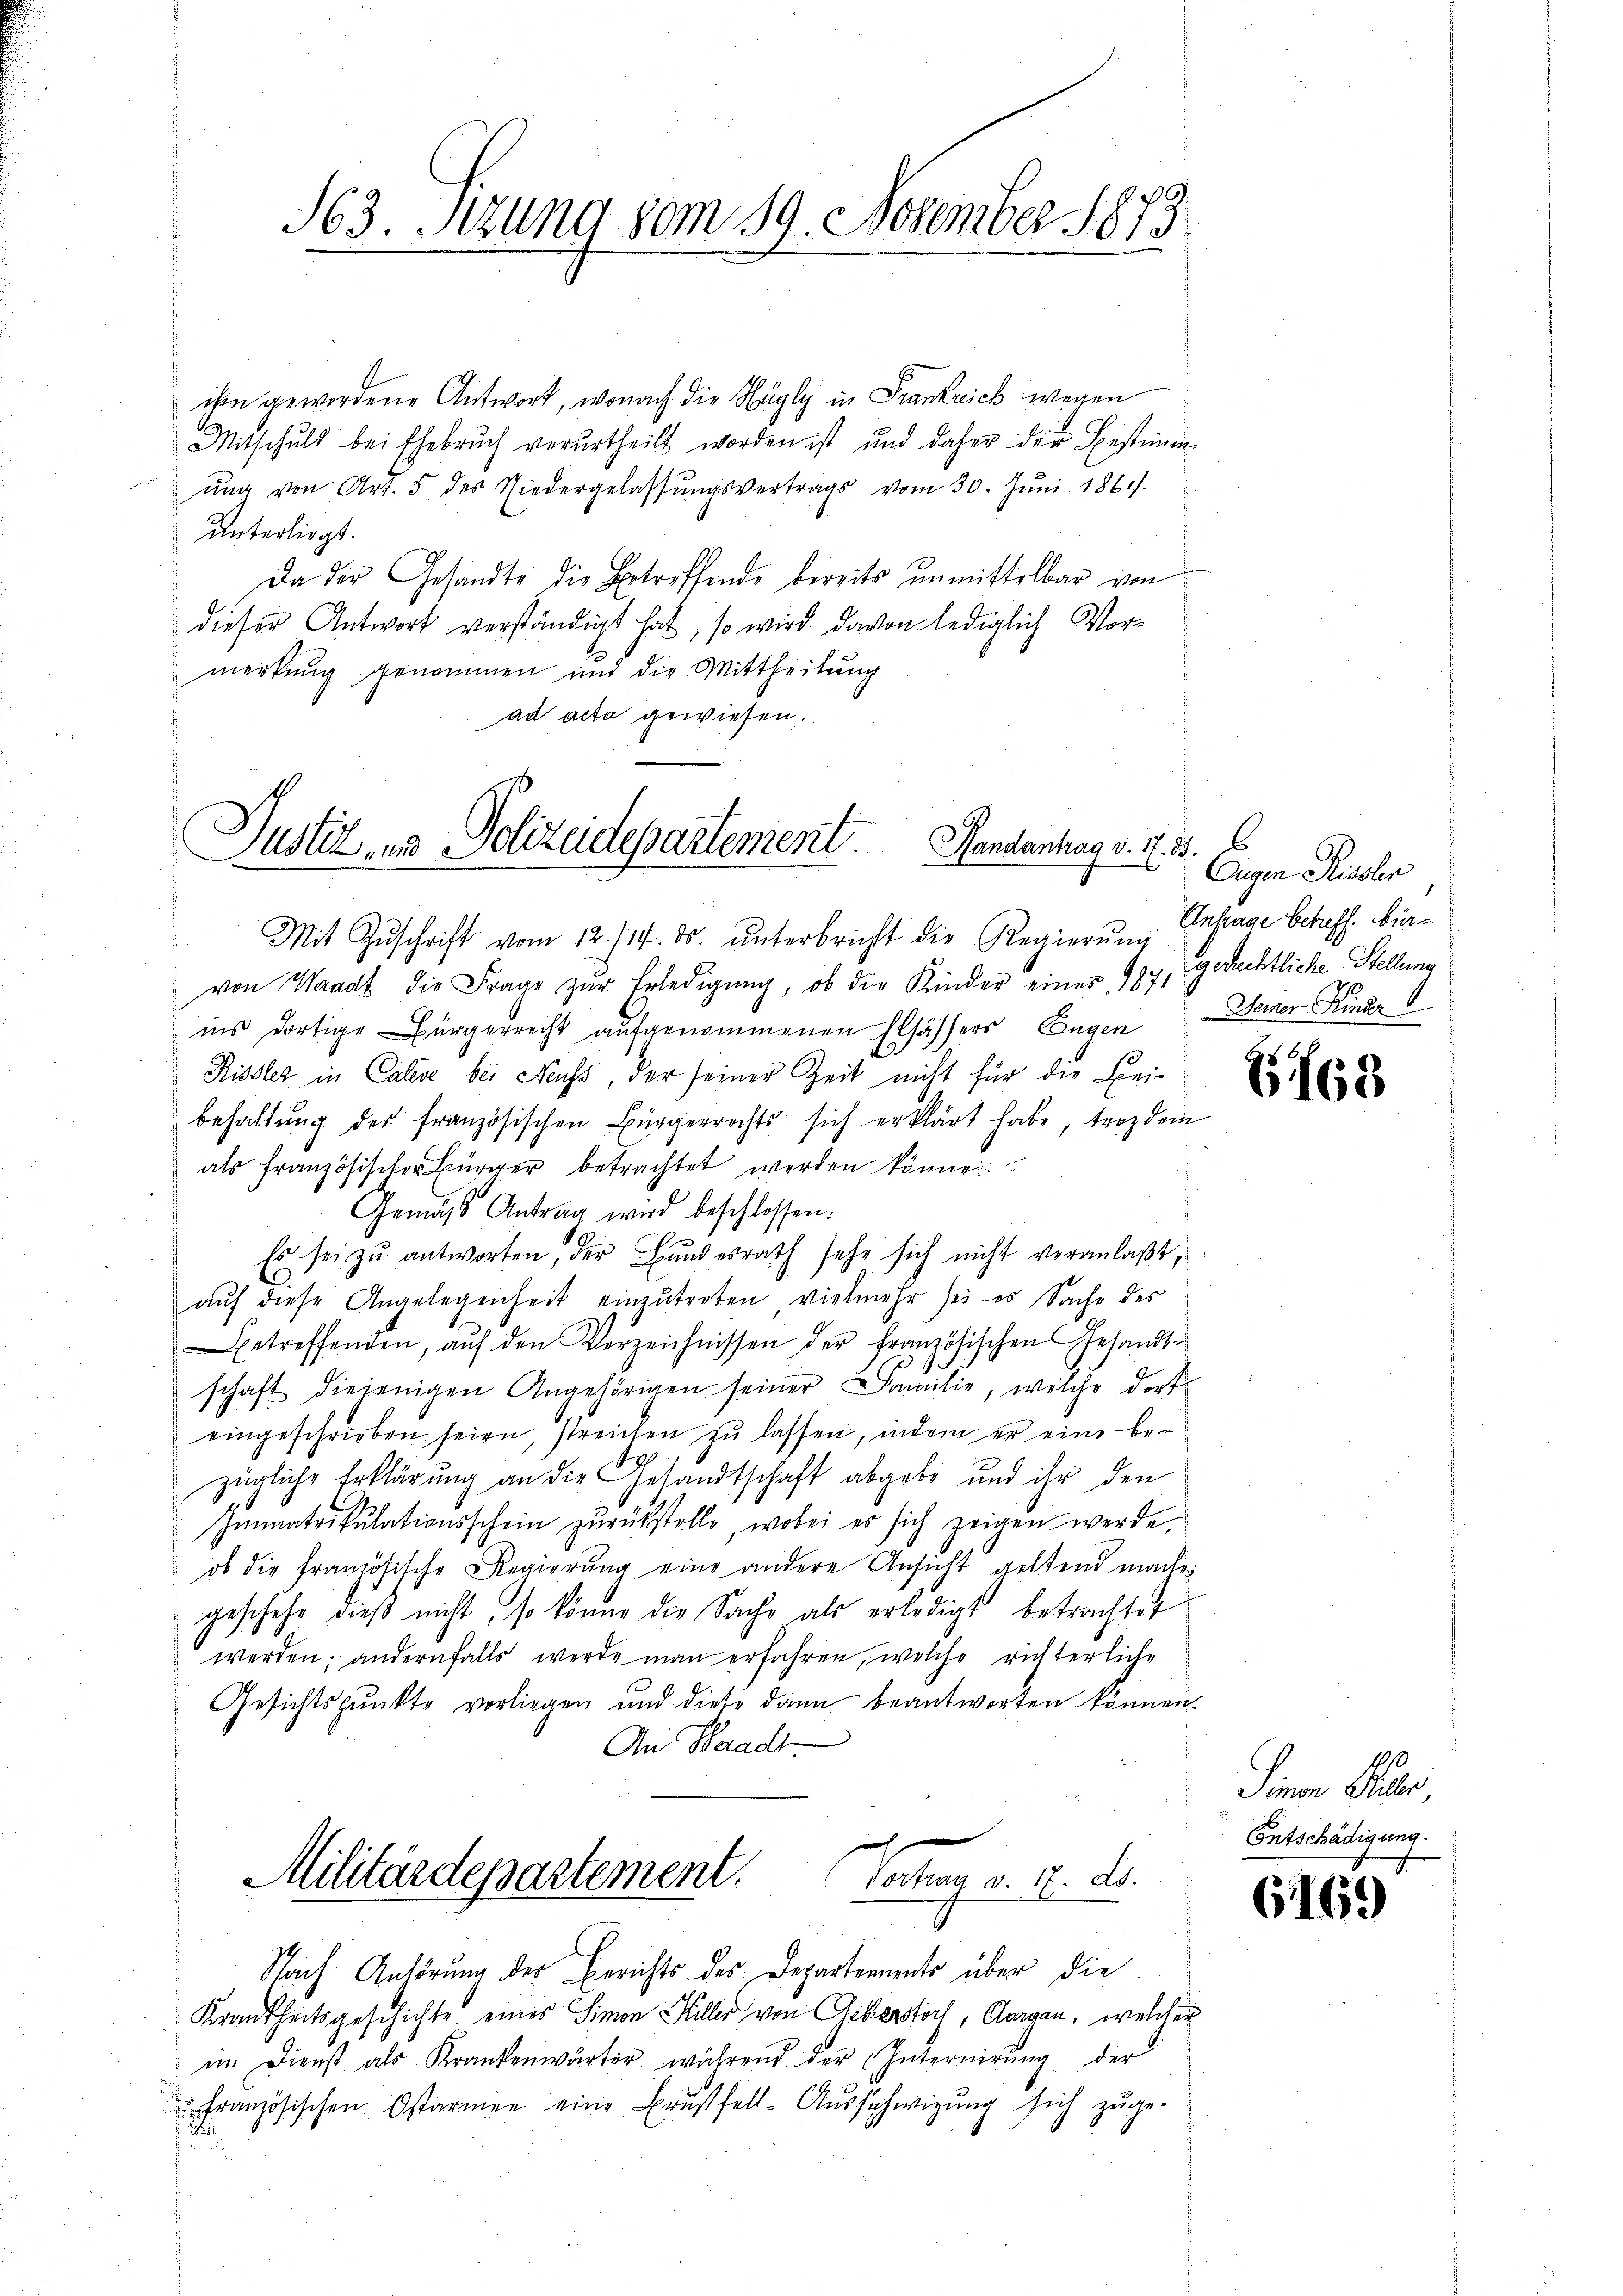
163. Sezung vom 19. November 1873

ihme gewordene Antwort, wonach die Hägly in Frankreich wegen
Mitschuld bei Ehebruch verurtheilt worden ist und daher der Bestimmŭng von Art. 5 des Niedergelassŭngsvertrags vom 30. Jŭni 1864
unterliegt.
Da der Gesandte die Betreffende bereits unmittelbar von
dieser Antwort verständigt hat, so wird davon lediglich Vormerkung genommen und die Mittheilung
ad acta gewiesen.

Justiz- und Polizeidepartement. Gendantag v. 2. 3. 6

Mit Zŭschrift vom 12. 114. ds. ŭnterbricht die Regierŭng
von Waadt die Frage zŭr Erledigung, ob die Kinder einer 187, gerechtliche Stellung
ins dortige Bürgerrecht aufgenommenen Elsässers Eugen Seiner Kinder
Rissler in Calise bei Nachs, der seiner Zeit nicht für die Frei-
behaltŭng des französischen Bürgerrechts sich erklärt habe, trotzdem
als französischer Bürger betrachtet werden könne
Gemäss Antrag wird beschlossen:
A
Es sei zu antworten, der Bundesrath sehr sich nicht veranlaßt,
auf diese Angelegenheit einzutreten, vielmehr sei es Sache des
betreffenden, aŭf den Verzeichnissen der französischen Gesandt-
schaft diejenigen Angehörigen seiner Familie, welche dort
eingeschrieben seien, streichen zŭ lassen, indem er eine be¬
19
zügliche Erklärung an die Gesandtschaft abgebe und ihr den
Immatrikulationsschein zurückstelle, wobei es sich zeigen werde,
ob die französische Regierŭng eine andere Ansicht geltend mache
geschehe dieß nicht, so könne die Sache als erledigt betrachtet
werden; andernfalls werde man erfahren, welche richterliche
Gesichtspunkte vorliegen und diese dann beantworten können.
An Waadt
Militärdepartement.
oten d. d. d.
Nach Anhörung der Berichts des Departements über die
Krankheitsgeschichte eines Simon Hiller von Geberstorf, Aargau, welcher
im Dienst als Krankenwärter während der Internirŭng der
französischen Ostarmen eine Brustfell-Aŭsschwizŭng sich zuge-
2

Eugen Rissler
Anfrage betreff. Bier¬

668

Sinnen Public
Entschädigung.

6169